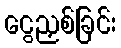
ငွေညှစ်ခြင်း